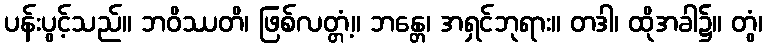
ပန်းပွင့်သည်။ ဘဝိဿတိ၊ ဖြစ်လတ္တံ့။ ဘန္တေ၊ အရှင်ဘုရား။ တဒါ၊ ထိုအခါ၌။ တွံ၊